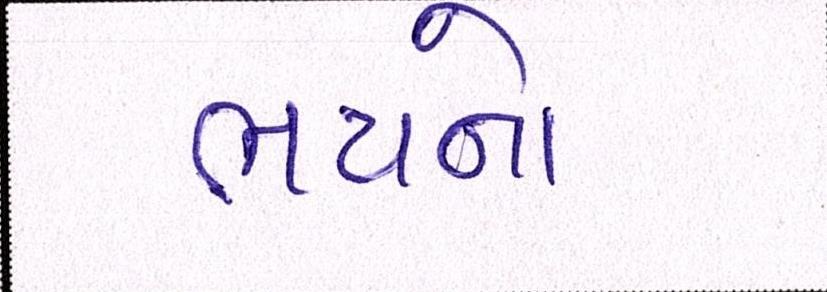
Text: ભયનો